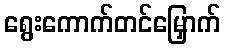
ရွေးကောက်တင်မြှောက်